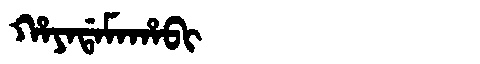
Manchu: ᡥᠠᠶᠠᡩᠠᠮᠠᡥᠠᠪᡳ
Romanization: HAYADAMAHABI